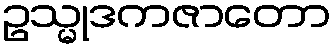
ဥသ္မုဒကဇာတော